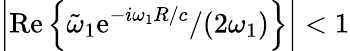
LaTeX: \left|\mathrm{Re}\left\{ \tilde{\omega}_{1}\mathrm{e}^{-i\omega_{1}R/c}/(2\omega_{1})\right\} \right|<1